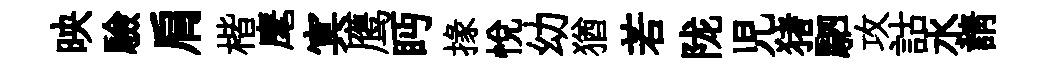
映驗肩楷麾㝠鹰眄掾悅幼猶若陇児猪駟攻詁水請